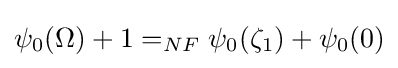
\psi _{0}(\Omega )+1=_{NF}\psi _{0}(\zeta _{1})+\psi _{0}(0)